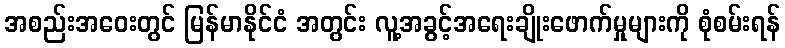
အစည်းအဝေးတွင် မြန်မာနိုင်ငံ အတွင်း လူ့အခွင့်အရေးချိုးဖောက်မှုများကို စုံစမ်းရန်